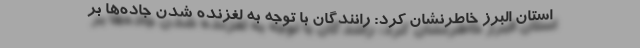
استان البرز خاطرنشان کرد: رانندگان با توجه به لغزنده شدن جاده‌ها بر